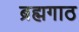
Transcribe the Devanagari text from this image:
ब्रह्मगाठ